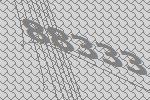
88333